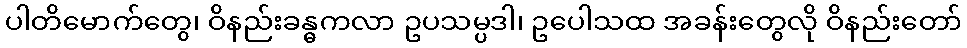
ပါတိမောက်တွေ၊ ဝိနည်းခန္ဓကလာ ဥပသမ္ပဒါ၊ ဥပေါသထ အခန်းတွေလို ဝိနည်းတော်